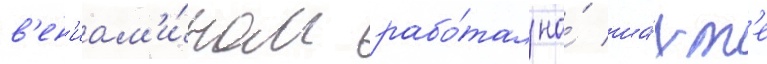
в'ен'иам'и́ном рабо́тал на́ ша́хт'е